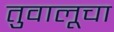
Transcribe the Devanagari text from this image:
तुवालूचा